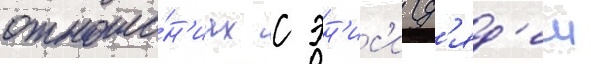
отноше́н'иах с эн'ис'и (д'яд'еи